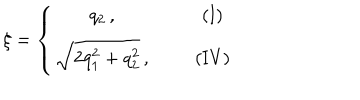
\xi = \left\{ \begin{array} { c c c } { { q _ { 2 } \, , } } & { { ~ ~ } } & { { \mathrm { ( I ) } } } \\ { { \sqrt { 2 q _ { 1 } ^ { 2 } + q _ { 2 } ^ { 2 } } \, , } } & { { } } & { { \mathrm { ( I V ) } } } \\ \end{array} \right.